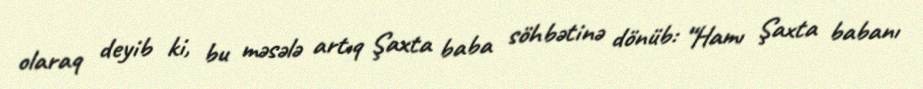
olaraq deyib ki, bu məsələ artıq Şaxta baba söhbətinə dönüb: “Hamı Şaxta babanı